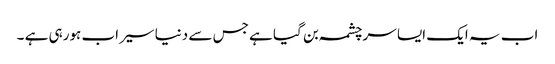
اب یہ ایک ایسا سرچشمہ بن گیا ہے جس سے دنیا سیراب ہورہی ہے ۔